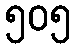
၅၀၅